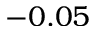
- 0 . 0 5